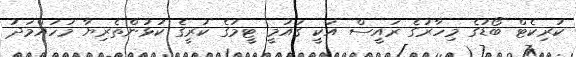
ކުރިކެޓް ބޯޑުގެ މިހާރުގެ ރައީސް އަކީ ގައުމީ ޓީމުގެ ކުރީގެ ކުޅުންތެރިޔާ މުހައްމަދު